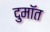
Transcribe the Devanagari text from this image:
दुमॉत